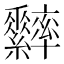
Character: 𦈁